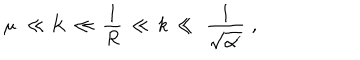
\mu \, \, \ll K \, \ll \, { \frac { 1 } { R } } \, \ll \, k \, \ll \, \, { \frac { 1 } { \sqrt { \alpha ^ { \prime } } } } \, \, ,